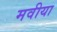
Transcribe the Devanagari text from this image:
मवीया